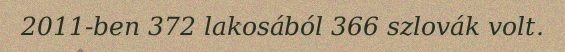
2011-ben 372 lakosából 366 szlovák volt.